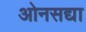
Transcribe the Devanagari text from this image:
ओनसद्या